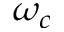
\omega _ { c }